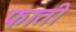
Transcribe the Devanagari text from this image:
फाती